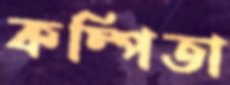
কম্পিতা